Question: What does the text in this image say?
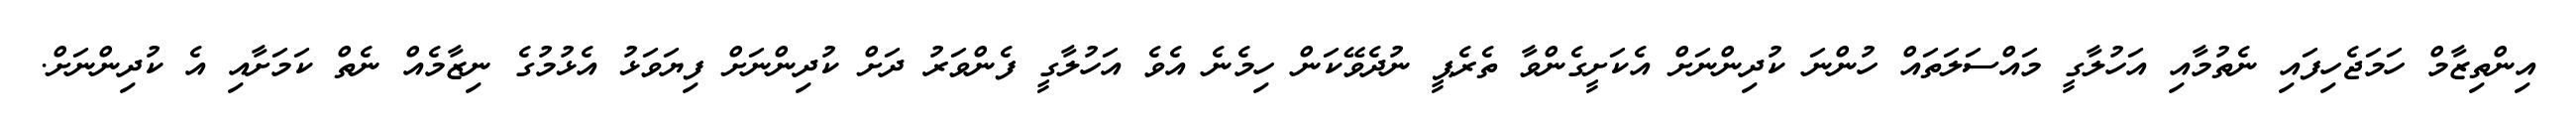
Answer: އިންތިޒާމް ހަމަޖެހިފައި ނެތުމާއި އަހުލާގީ މައްސަލަތައް ހުންނަ ކުދިންނަށް އެކަށީގެންވާ ތެރެޕީ ނުދެވޭކަން ހިމެނެ އެވެ އަހުލާގީ ފެންވަރު ދަށް ކުދިންނަށް ފިޔަވަޅު އެޅުމުގެ ނިޒާމެއް ނެތް ކަމަށާއި އެ ކުދިންނަށް.